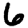
Digit: 6